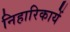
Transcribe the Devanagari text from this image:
निहारिकायें